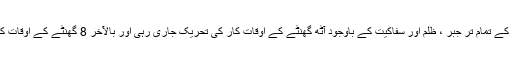
امریکی ریاست کے تمام تر جبر ، ظلم اور سفاکیت کے باوجود آٹھ گھنٹے کے اوقات کار کی تحریک جاری رہی اور بالآخر 8 گھنٹے کے اوقات کار نافذ ہو گئے۔